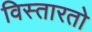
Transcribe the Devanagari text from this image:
विस्तारतो